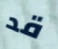
قد